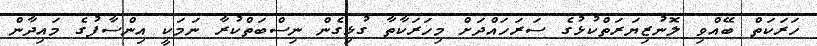
ހަރަކަތް ބޭއްވި ލޮނުޒިޔަރަތްކުޅުގެ ސަރަހައްދަށް މިހަރަކާތާ ގުޅިގެން ނިސްބަތްކުރާ ނަމަކީ އިންސާފުގެ މައިދާން